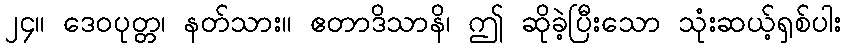
၂၄။ ဒေဝပုတ္တ၊ နတ်သား။ ဧတာဒိသာနိ၊ ဤ ဆိုခဲ့ပြီးသော သုံးဆယ့်ရှစ်ပါး